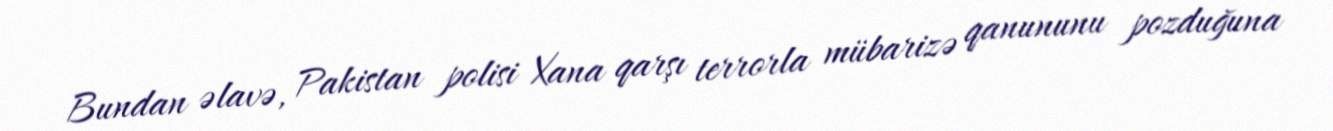
Bundan əlavə, Pakistan polisi Xana qarşı terrorla mübarizə qanununu pozduğuna